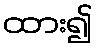
ထား၍